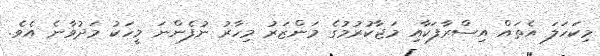
މިކަހަލަ އެތައް އިސްރާފަކާއި މަޖާކުރުމުގެ މަންޒަރު މިހާރު ނުފެންނަ މީހަކު މަދުވާނެ އެވެ.